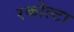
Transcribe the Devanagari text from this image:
रकोल्टा